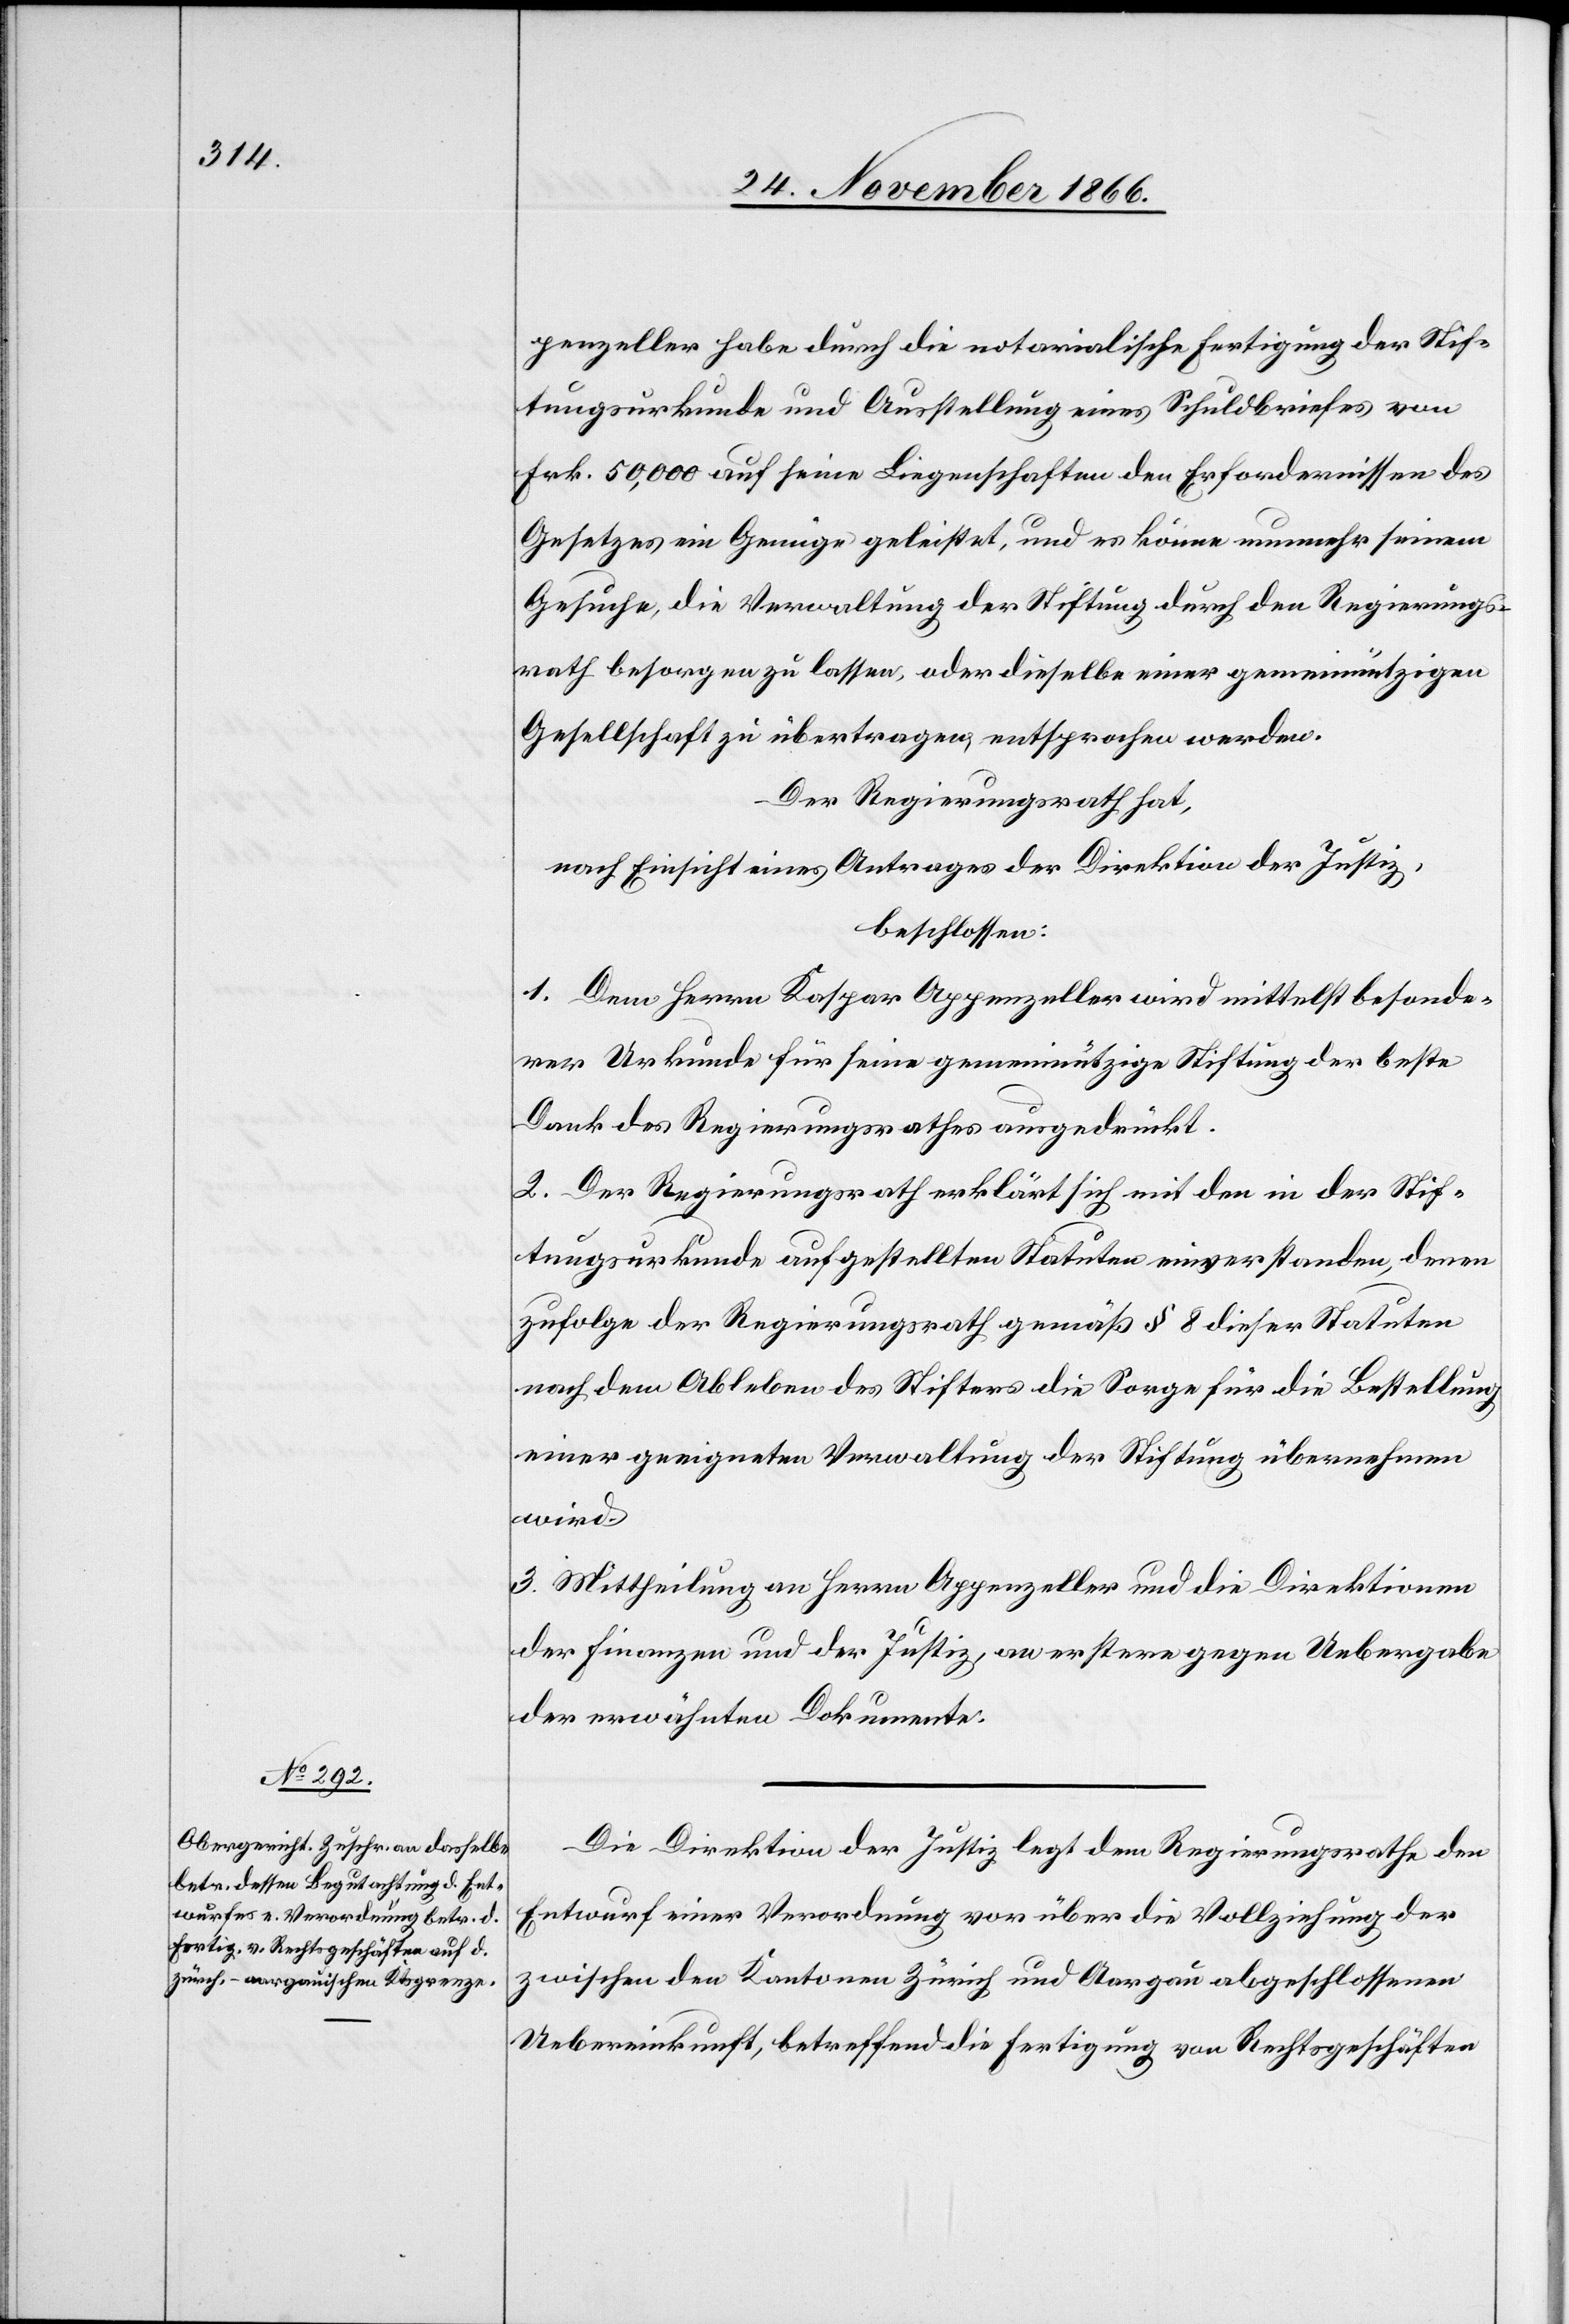
penzeller habe durch die notarialische Fertigung der Stif¬
tungsurkunde und Ausstellung eines Schuldbriefes von
Frk. 50 000 auf seine Liegenschaften den Erfordernissen des
Gesetzes ein Genüge geleistet, und es könne nunmehr seinem
Gesuche, die Verwaltung der Stiftung durch den Regierungs¬
rath besorgen zu lassen, oder dieselbe einer gemeinnützigen
Gesellschaft zu übertragen, entsprochen werden.
Der Regierungsrath hat,
nach Einsicht eines Antrages der Direktion der Justiz,
beschlossen:
1. Dem Herrn Kaspar Appenzeller wird mittelst besonde¬
rer Urkunde für seine gemeinnützige Stiftung der beste
Dank des Regierungsrathes ausgedrückt.
2. Der Regierungsrath erklärt sich mit den in der Stif¬
tungsurkunde aufgestellten Statuten einverstanden, denen
zufolge der Regierungsrath gemäß § 8 dieser Statuten
nach dem Ableben des Stifters die Sorge für die Bestellung
einer geeigneten Verwaltung der Stiftung übernehmen
wird.
3. Mittheilung an Herrn Appenzeller und die Direktionen
der Finanzen und der Justiz, an erstere gegen Uebergabe
der erwähnten Dokumente.
Die Direktion der Justiz legt dem Regierungsrathe den
Entwurf einer Verordnung vor über die Vollziehung der
zwischen den Kantonen Zürich und Aargau abgeschlossenen
Uebereinkunft, betreffend die Fertigung von Rechtsgeschäften